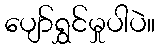
ပျော်ရွှင်မှုပါပဲ။